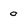
Character: o